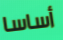
أساسا